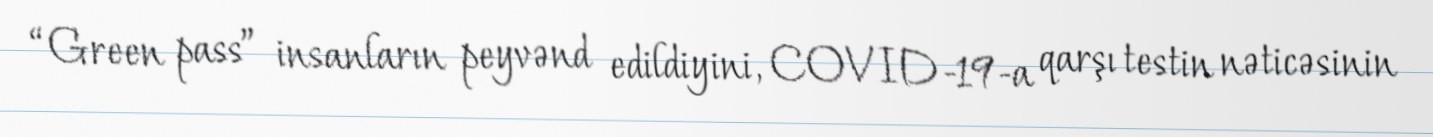
“Green pass” insanların peyvənd edildiyini, COVID-19-a qarşı testin nəticəsinin